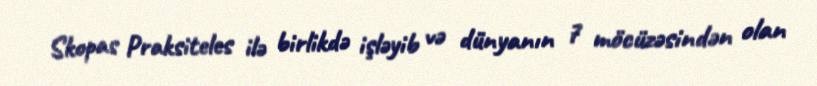
Skopas Praksiteles ilə birlikdə işləyib və dünyanın 7 möcüzəsindən olan